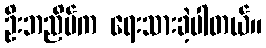
ဦးဘညိမ်က ရေးသားခဲ့ပါတယ်။